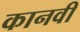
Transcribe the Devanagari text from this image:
कानवी